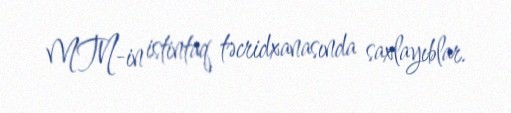
MTN-in istintaq təcridxanasında saxlayıblar.